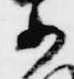
小